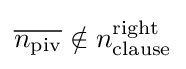
{\overline {n_{\text{piv}}}}\notin n_{\text{clause}}^{\text{right}}